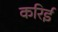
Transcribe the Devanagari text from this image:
करिई